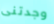
وجدتنى